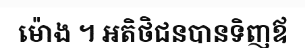
ម៉ោង ។ អតិថិជនបានទិញឪ